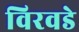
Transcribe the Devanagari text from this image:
विरवडे